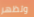
وتظهر